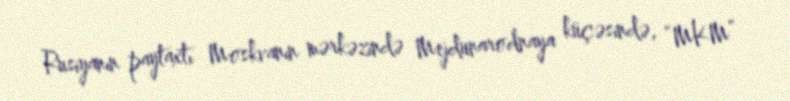
Rusiyanın paytaxtı Moskvanın mərkəzində Mejdunarodnaya küçəsində, “MKM”